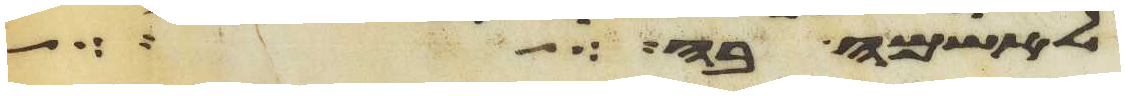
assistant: לאשמה בה